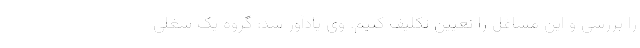
را بررسی و این مشاغل را تعیین تکلیف کنیم. وی یادآور شد: گروه یک شغلی